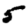
Digit: 5